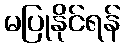
မပြုနိုင်ရန်